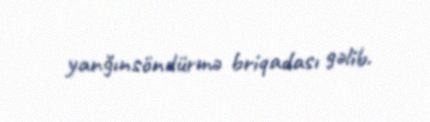
yanğınsöndürmə briqadası gəlib.